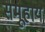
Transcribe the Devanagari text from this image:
समूहाय